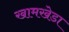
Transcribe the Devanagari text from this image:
खामखेडा